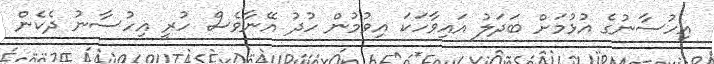
އިހުސާނުގެ އުޅުމަށް ބަދަލު އައިވާހަކަ އިވުމުން ހުދު އޭނާވެސް ހުރީ އިހުސާނު ދެކެން